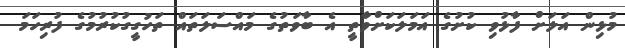
މުޅިން އަލަށް ފާޅުވި ކުށުގެ އަމަލަކަށްވާތީ އެ ބާވަތުގެ މައްސަލަތައް ތަހުގީގުކުރުމުގެ ފުރިހަމަ